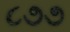
૮૭૭